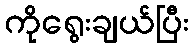
ကိုရွေးချယ်ပြီး